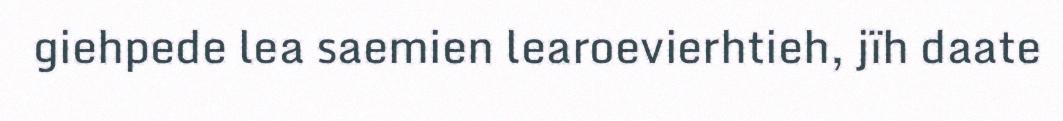
giehpede lea saemien learoevierhtieh, jïh daate